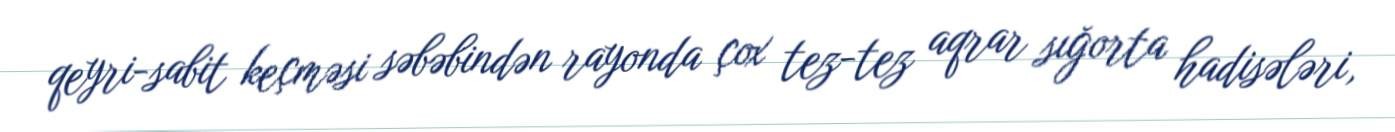
qeyri-sabit keçməsi səbəbindən rayonda çox tez-tez aqrar sığorta hadisələri,